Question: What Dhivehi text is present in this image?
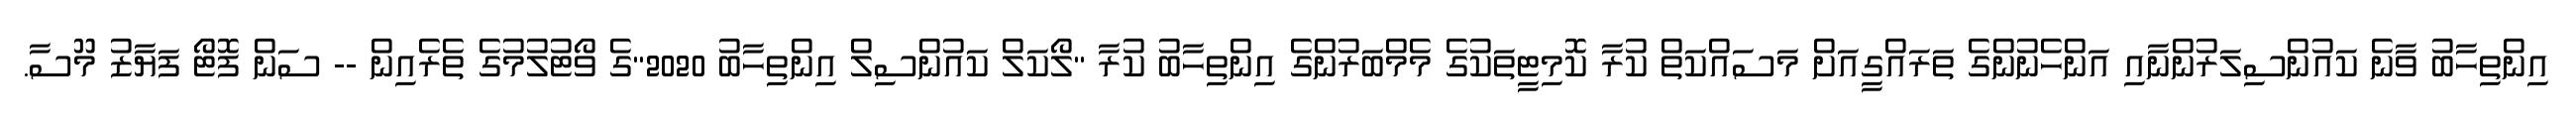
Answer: އިންތިހާބު ވާނެ ކައުންސިލަރުންނާއި އަންހެނުންގެ ތަރައްގީއަށް މަސައްކަތް ކުރާ ކޮމިޓީތަކުގެ މެމްބަރުންގެ އިންތިހާބު ކުރާ "ލޯކަލް ކައުންސިލް އިންތިހާބު 2020"ގެ ވޯޓުލުމުގެ ތެރެއިން -- ސަން ފޮޓޯ ފަޔާޒު މޫސާ.